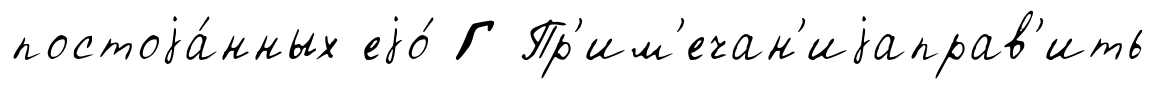
постоjа́нных еjо́ Г Пр'им'ечан'иjаправ'ить